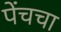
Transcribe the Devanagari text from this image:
पेंचचा